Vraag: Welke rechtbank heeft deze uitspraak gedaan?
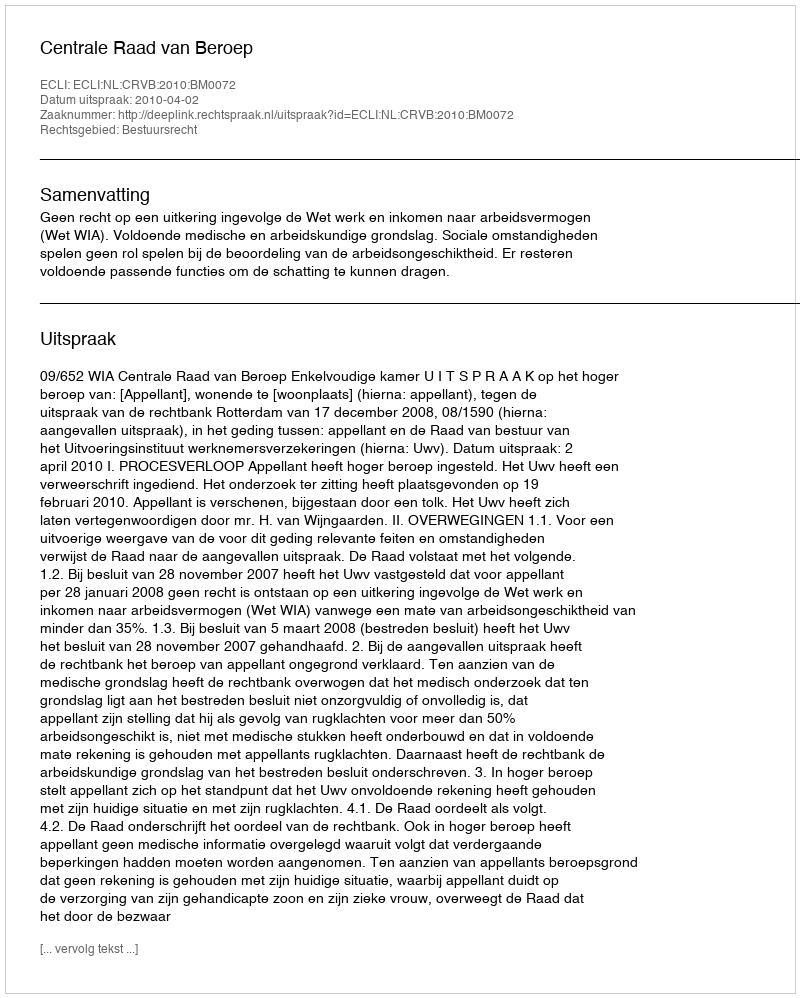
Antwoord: Centrale Raad van Beroep